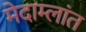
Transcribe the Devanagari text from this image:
मेदाम्लांत